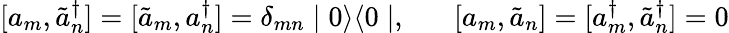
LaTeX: [a_{m},\tilde{a}_{n}^{\dagger}]=[\tilde{a}_{m},a_{n}^{\dagger}]=\delta_{mn}\mid 0\rangle\langle 0\mid,\; \; \; \; \; \; [a_{m},\tilde{a}_{n}]=[a_{m}^{\dagger},\tilde{a}_{n}^{\dagger}]=0